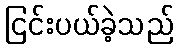
ငြင်းပယ်ခဲ့သည်